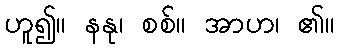
ဟူ၍။ နနု၊ စစ်။ အာဟ၊ ၏။